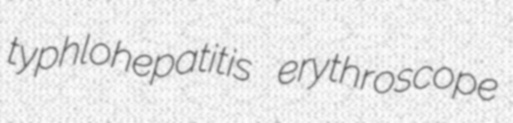
typhlohepatitis erythroscope